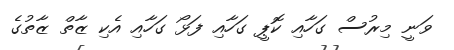
ވަނީ މިރުސް ގަހާއި ކޮޕީ ގަހާއި ފަޅޯ ގަހާއި އެކި ޒާތް ޒާތުގެ